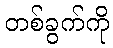
တစ်ခွက်ကို